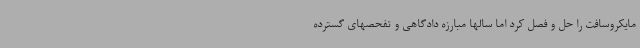
مایکروسافت را حل و فصل کرد اما سالها مبارزه دادگاهی و تفحصهای گسترده